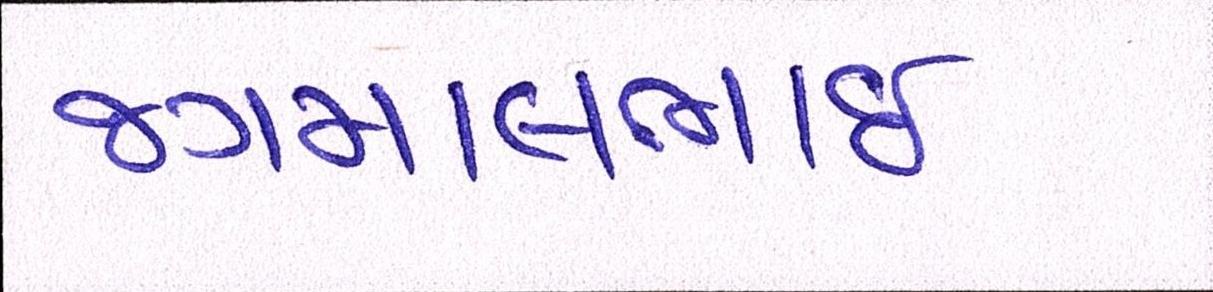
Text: જગમાલભાઇ